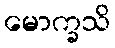
မောက္ခသိ